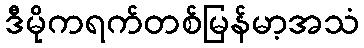
ဒီမိုကရက်တစ်မြန်မာ့အသံ